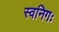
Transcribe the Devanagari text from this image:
स्वनिगः